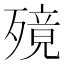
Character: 𣩜